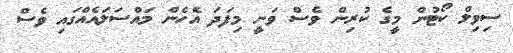
ސިވިލް ކޯޓުން މީގެ ކުރިން ވެސް ވަނީ މިފަދަ އެހެން މައްސަލައެއްގައި ވެސް